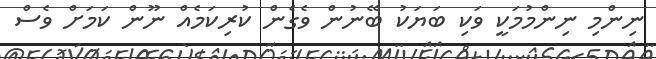
ނިންމި ނިންމުމަކީ ވަކި ބަޔަކު ބޭނުން ވެގެން ކުރިކަމެއް ނޫން ކަމަށް ވެސް